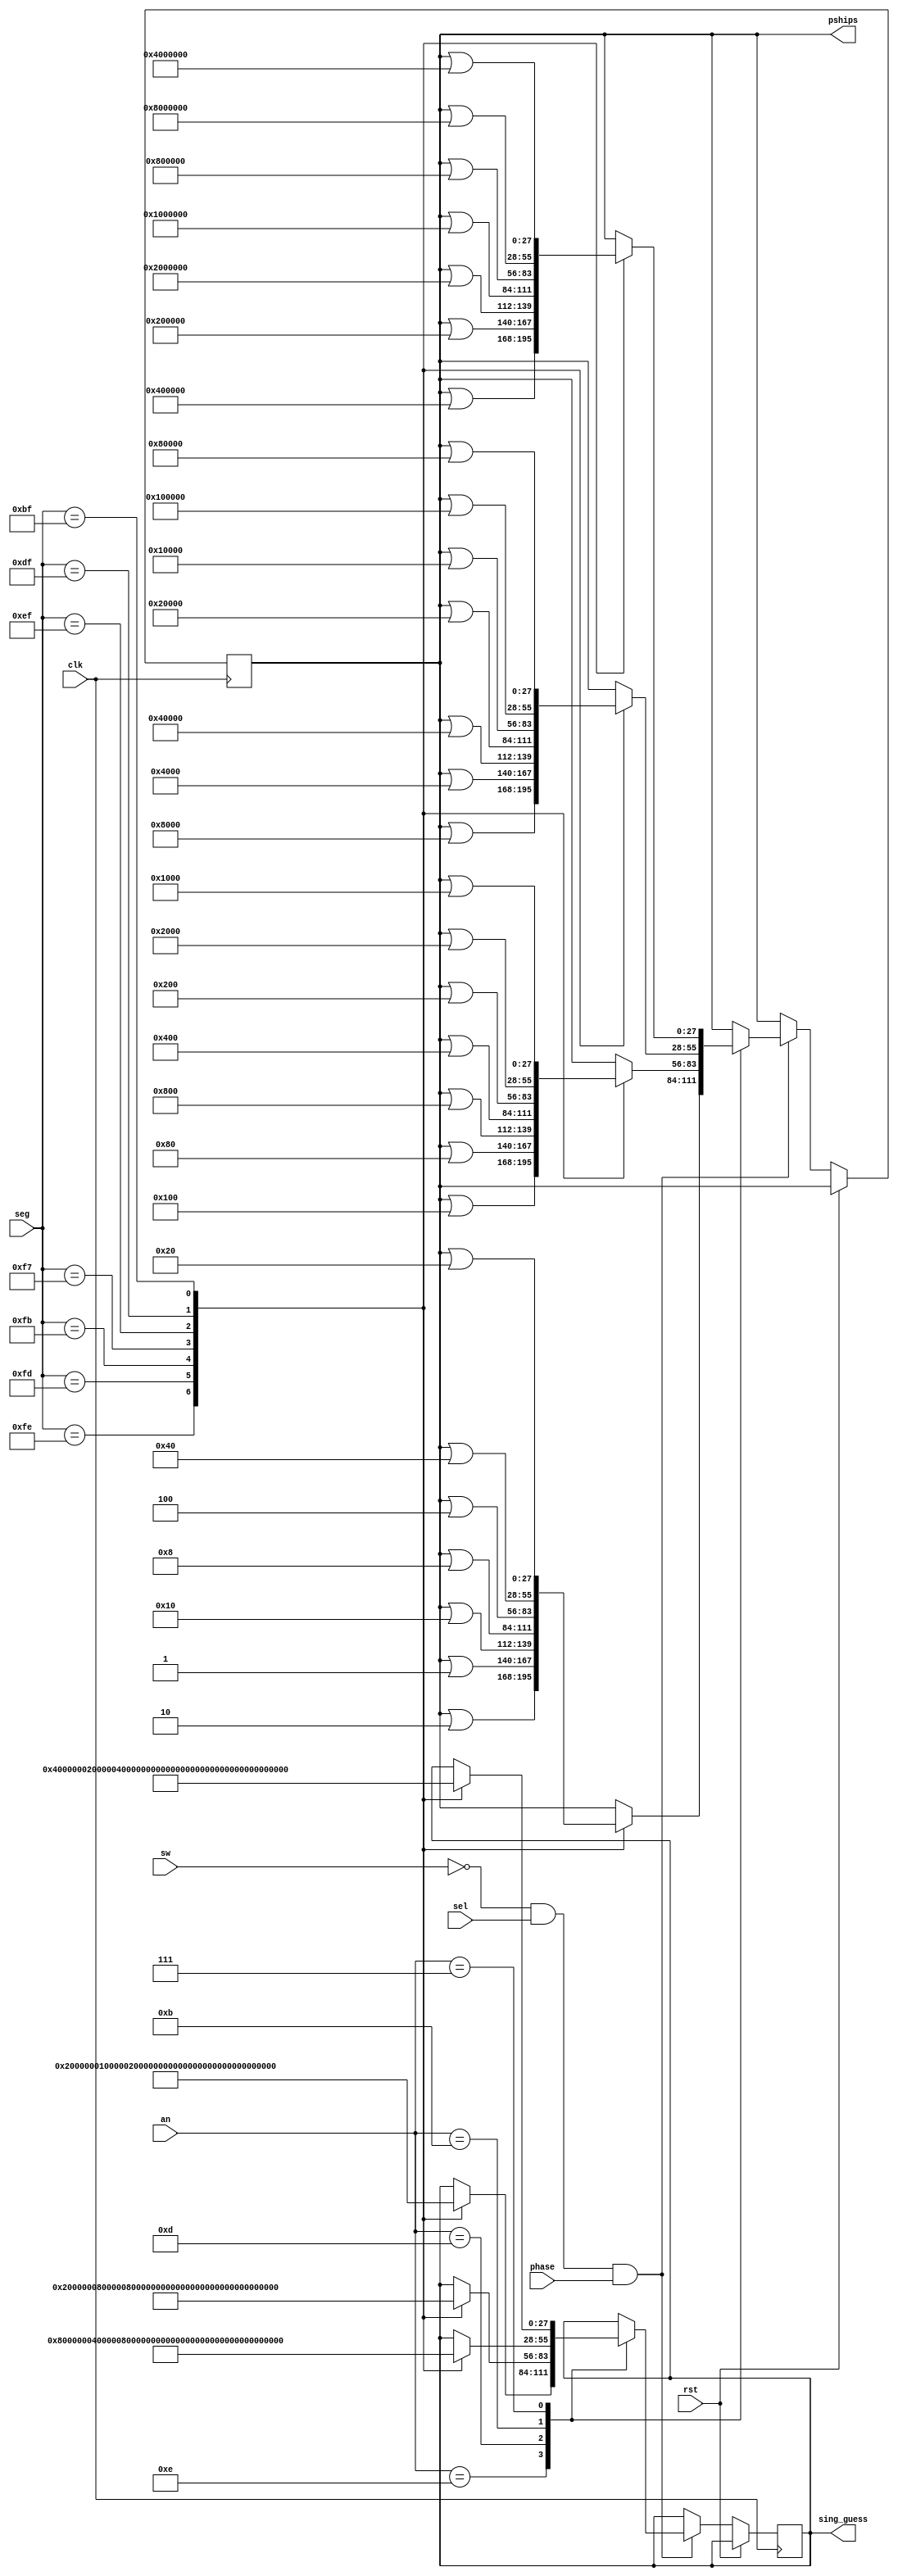
`timescale 1ns / 1ps
//////////////////////////////////////////////////////////////////////////////////
// Company: 
// Engineer: 
// 
// Design Name: 
// Module Name:    game_phase_turn 
// Project Name: 
// Target Devices: 
// Tool versions: 
// Description: 
//
// Dependencies: 
//
// Revision: 
// Revision 0.01 - File Created
// Additional Comments: 
//
//////////////////////////////////////////////////////////////////////////////////
module game_phase(
    input clk,
    input sel,      // middle button
	 input sw,
	input rst,
	input phase,		// 0=select, 1=game
    input [7: 0] seg,	//ships
    input [3: 0] an,		//battle fields
    output reg [27: 0] pships = 0, // actually represents pguess
    output reg [27: 0] sing_guess = 0
    );
    reg [4: 0] sel_count = 0; 

    always @ (posedge clk or posedge rst) begin
		if (rst) begin
				sel_count <= 0;
        end else if(!sw && sel && phase) begin
            sel_count <= sel_count + 1'b1;    //incr # of selections

            case (an)
                //first battle field
                    4'b1110: begin
                        case(seg)
                            8'b11111110: begin
                                pships <= pships | (1'b1 << 1);
                                sing_guess <= 28'd0 | (1'b1 << 1);
                            end
                            8'b11111101: begin 
                                pships <= pships | (1'b1 << 0);
                                sing_guess <= 28'd0 | (1'b1 << 0);
                            end
                            8'b11111011: begin 
                                pships <= pships | (1'b1 << 4);
                                sing_guess <=  28'd0 | (1'b1 << 4);
                            end
                            8'b11110111: begin
                                pships <= pships | (1'b1 << 3);
                                sing_guess <= 28'd0 | (1'b1 << 3);
                            end
                            8'b11101111: begin
                                pships <= pships | (1'b1 << 2);
                                sing_guess <= 28'd0 | (1'b1 << 2);
                            end
                            8'b11011111: begin
                                pships <= pships | (1'b1 << 6);
                                sing_guess <= 28'd0 | (1'b1 << 6);
                            end
                            8'b10111111: begin
                                pships <= pships | (1'b1 << 5);
                                sing_guess <= 28'd0 | (1'b1 << 5);
                            end
                        endcase
                    end
                //second battle field
                    4'b1101: begin
                        case(seg)
                            8'b11111110: begin
                                pships <= pships | (1'b1 << 8);
                                sing_guess <= 28'd0 | (1'b1 << 5);
                            end
                            8'b11111101: begin
                                pships <= pships | (1'b1 << 7);
                                sing_guess <= 28'd0 | (1'b1 << 7);
                            end
                            8'b11111011: begin
                                pships <= pships | (1'b1 << 11);
                                sing_guess <= 28'd0 | (1'b1 << 11);
                            end
                            8'b11110111: begin 
                                pships <= pships | (1'b1 << 10);
                                sing_guess <= 28'd0 | (1'b1 << 10);
                            end
                            8'b11101111: begin
                                pships <= pships | (1'b1 << 9);
                                sing_guess <= 28'd0 | (1'b1 << 9);
                            end
                            8'b11011111: begin 
                                pships <= pships | (1'b1 << 13);
                                sing_guess <= 28'd0 | (1'b1 << 13);
                            end
                            8'b10111111: begin
                                pships <= pships | (1'b1 << 12);
                                sing_guess <= 28'd0 | (1'b1 << 12);
                            end
                        endcase
                    end
                //third battle field
                    4'b1011: begin
                        case(seg)
                            8'b11111110: begin
                                pships <= pships | (1'b1 << 15);
                                sing_guess <= 28'd0 | (1'b1 << 15);
                            end
                            8'b11111101: begin
                                pships <= pships | (1'b1 << 14);
                                sing_guess <= 28'd0 | (1'b1 << 14);
                            end
                            8'b11111011: begin
                                pships <= pships | (1'b1 << 18);
                                sing_guess <= 28'd0 | (1'b1 << 18);
                            end
                            8'b11110111: begin
                                pships <= pships | (1'b1 << 17);
                                sing_guess <= 28'd0 | (1'b1 << 17);
                            end
                            8'b11101111: begin 
                                pships <= pships | (1'b1 << 16);
                                sing_guess <= 28'd0 | (1'b1 << 16);
                            end
                            8'b11011111: begin
                                pships <= pships | (1'b1 << 20);
                                sing_guess <= 28'd0 | (1'b1 << 20);
                            end
                            8'b10111111: begin
                                pships <= pships | (1'b1 << 19);
                                sing_guess <= 28'd0 | (1'b1 << 19);
                            end
                        endcase
                    end
                
                //fourth battle field
                    4'b0111: begin
                        case(seg)
                            8'b11111110: begin 
                                pships <= pships | (1'b1 << 22);
                                sing_guess <= 28'd0 | (1'b1 << 22);
                            end
                            8'b11111101: begin
                                pships <= pships | (1'b1 << 21);
                                sing_guess <= 28'd0 | (1'b1 << 21);
                            end
                            8'b11111011: begin
                                pships <= pships | (1'b1 << 25);
                                sing_guess <= 28'd0 | (1'b1 << 25);
                            end
                            8'b11110111: begin
                                pships <= pships | (1'b1 << 24);
                                sing_guess <= 28'd0 | (1'b1 << 24);
                            end
                            8'b11101111: begin
                                pships <= pships | (1'b1 << 23);
                                sing_guess <= 28'd0 | (1'b1 << 23);
                            end
                            8'b11011111: begin
                                pships <= pships | (1'b1 << 27);
                                sing_guess <=  28'd0 | (1'b1 << 27);
                            end
                            8'b10111111: begin 
                                pships <= pships | (1'b1 << 26);
                                sing_guess <= 28'd0 | (1'b1 << 26);
                            end
                        endcase
                    end

            endcase     //end case (an)
				
        end     //end if (confirm) 
        
    end     //always



endmodule